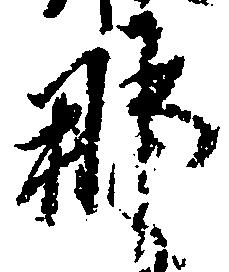
那